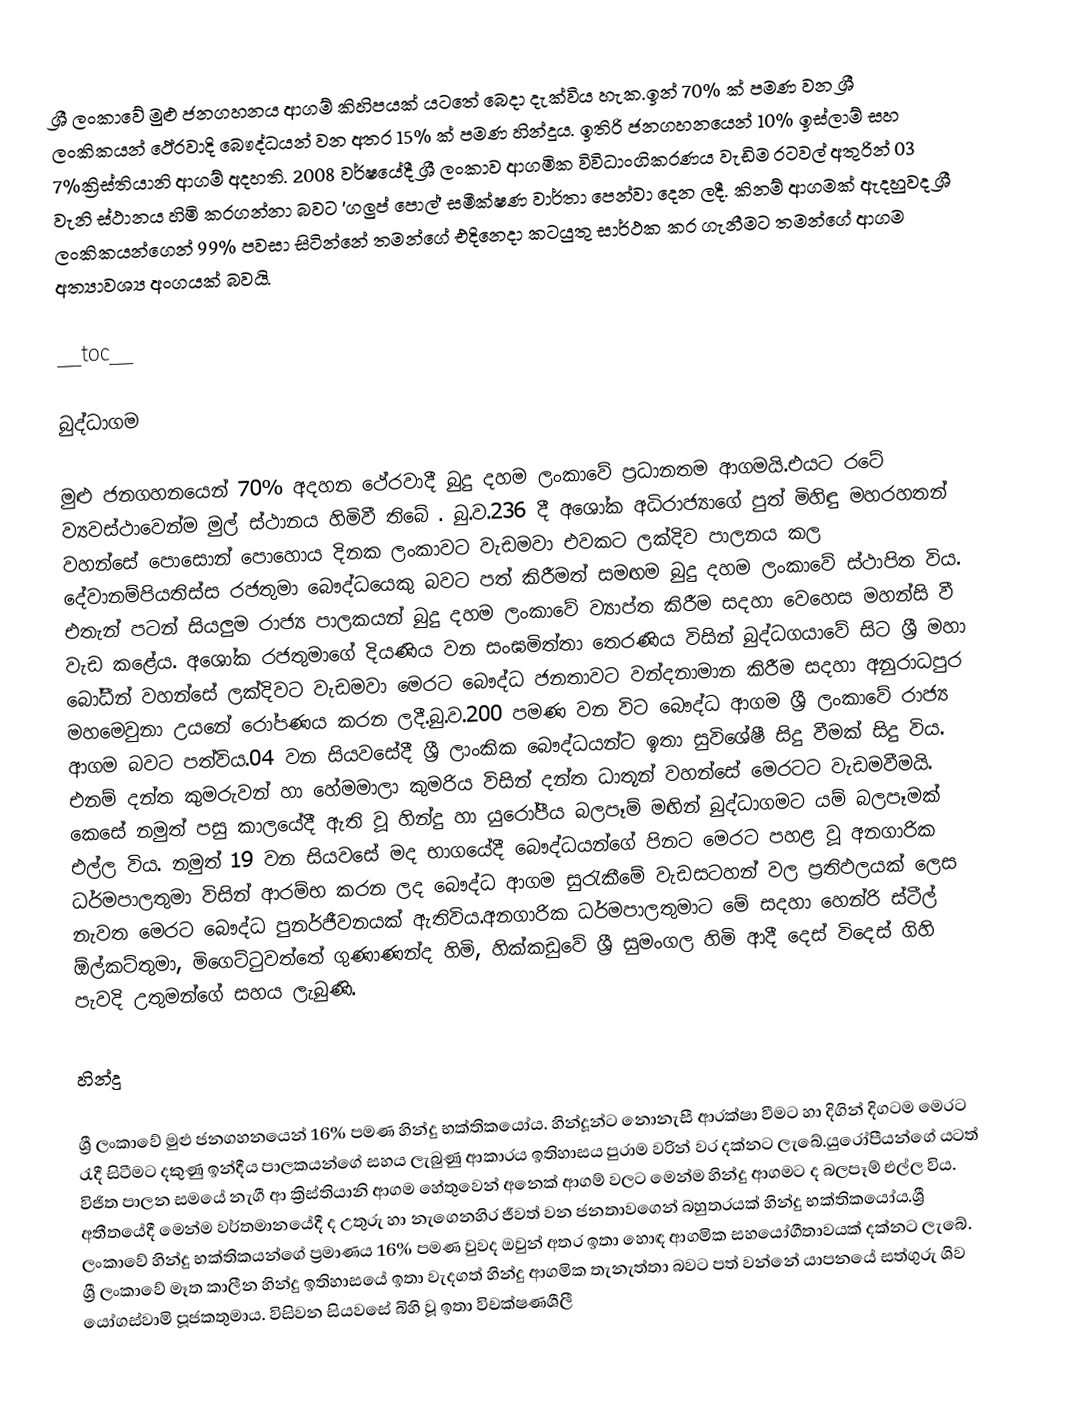
ශ්‍රී ලංකාවේ මුළු ජනගහනය ආගම් කිහිපයක් යටතේ බෙදා දැක්විය හැක.ඉන් 70% ක් පමණ වන ශ්‍රී ලංකිකයන් ථේරවාදි බෞද්ධයන් වන අතර 15% ක් පමණ හින්දූය. ඉතිරි ජනගහනයෙන් 10% ඉස්ලාම් සහ 7%ක්‍රිස්තියානි ආගම් අදහති. 2008 වර්ෂයේදී ශ්‍රී ලංකාව ආගමික විවිධාංගිකරණය වැඩිම රටවල් අතුරින් 03 වැනි ස්ථානය හිමි කරගන්නා බවට 'ගලුප් පොල්' සමීක්ෂණ වාර්තා පෙන්වා දෙන ලදී. කිනම් ආගමක් ඇදහුවද ශ්‍රී ලංකිකයන්ගෙන් 99% පවසා සිටින්නේ තමන්ගේ එදිනෙදා කටයුතු සාර්ථක කර ගැනීමට තමන්ගේ ආගම අත්‍යාවශ්‍ය අංගයක් බවයි.

__toc__

බුද්ධාගම

මුළු ජනගහනයෙන් 70% අදහන ථේරවාදී බුදු දහම ලංකාවේ ප්‍රධානතම ආගමයි.එයට රටේ ව්‍යවස්ථාවෙන්ම මුල් ස්ථානය හිමිවී තිබේ . බු.ව.236 දී අශෝක අධිරාජ්‍යාගේ පුත් මිහිඳු මහරහතන් වහන්සේ පොසොන් පොහොය දිනක ලංකාවට වැඩමවා එවකට ලක්දිව පාලනය කල දේවානම්පියතිස්ස රජතුමා බෞද්ධයෙකු බවට පත් කිරීමත් සමඟම බුදු දහම ලංකාවේ ස්ථාපිත විය. එතැන් පටන් සියලුම රාජ්‍ය පාලකයන් බුදු දහම ලංකාවේ ව්‍යාප්ත කිරීම සදහා වෙහෙස මහන්සි වී වැඩ කළේය. අශෝක රජතුමාගේ දියණිය වන සංඝමිත්තා තෙරණිය විසින් බුද්ධගයාවේ සිට ශ්‍රී මහා බෝධීන් වහන්සේ ලක්දිවට වැඩමවා මෙරට බෞද්ධ ජනතාවට වන්දනාමාන කිරීම සදහා අනුරාධපුර මහමෙවුනා උයනේ රෝපණය කරන ලදී.බු.ව.200 පමණ වන විට බෞද්ධ ආගම ශ්‍රී ලංකාවේ රාජ්‍ය ආගම බවට පත්විය.04 වන සියවසේදී ශ්‍රී ලාංකික බෞද්ධයන්ට ඉතා සුවිශේෂී සිදු වීමක් සිදු විය. එනම් දන්ත කුමරුවන් හා හේමමාලා කුමරිය විසින් දන්ත ධාතූන් වහන්සේ මෙරටට වැඩමවීමයි. කෙසේ නමුත් පසු කාලයේදී ඇති වූ හින්දු හා යුරෝපීය බලපෑම් මඟින් බුද්ධාගමට යම් බලපෑමක් එල්ල විය. නමුත් 19 වන සියවසේ මද භාගයේදී බෞද්ධයන්ගේ පිනට මෙරට පහළ වූ අනගාරික ධර්මපාලතුමා විසින් ආරම්භ කරන ලද බෞද්ධ ආගම සුරැකීමේ වැඩසටහන් වල ප්‍රතිඵලයක් ලෙස නැවත මෙරට බෞද්ධ පුනර්ජීවනයක් ඇතිවිය.අනගාරික ධර්මපාලතුමාට මේ සදහා හෙන්රි ස්ටීල් ඕල්කට්තුමා, මිගෙට්ටුවත්තේ ගුණාණන්ද හිමි, හික්කඩුවේ ශ්‍රී සුමංගල හිමි ආදී දෙස් විදෙස් ගිහි පැවදි උතුමන්ගේ සහය ලැබුණි.

හින්දු

ශ්‍රී ලංකාවේ මුළු ජනගහනයෙන් 16% පමණ හින්දු භක්තිකයෝය. හින්දූන්ට නොනැසී ආරක්ෂා වීමට හා දිගින් දිගටම මෙරට රැදී සිටීමට දකුණු ඉන්දීය පාලකයන්ගේ සහය ලැබුණු ආකාරය ඉතිහාසය පුරාම වරින් වර දක්නට ලැබේ.යුරෝපීයන්ගේ යටත් විජිත පාලන සමයේ නැගී ආ ක්‍රිස්තියානි ආගම හේතුවෙන් අනෙක් ආගම් වලට මෙන්ම හින්දු ආගමට ද බලපෑම් එල්ල විය. අතීතයේදී මෙන්ම වර්තමානයේදී ද උතුරු හා නැගෙනහිර ජීවත් වන ජනතාවගෙන් බහුතරයක් හින්දු භක්තිකයෝය.ශ්‍රී ලංකාවේ හින්දු භක්තිකයන්ගේ ප්‍රමාණය 16% පමණ වුවද ඔවුන් අතර ඉතා හොඳ ආගමික සහයෝගීතාවයක් දක්නට ලැබේ. ශ්‍රී ලංකාවේ මෑත කාලීන හින්දු ඉතිහාසයේ ඉතා වැදගත් හින්දු ආගමික තැනැත්තා බවට පත් වන්නේ යාපනයේ සත්ගුරු ශිව යෝගස්වාමි පූජකතුමාය. විසිවන සියවසේ බිහි වූ ඉතා විචක්ෂණශීලී